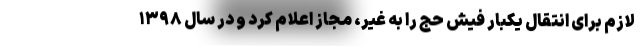
لازم برای انتقال یکبار فیش حج را به غیر، مجاز اعلام کرد و در سال ۱۳۹۸